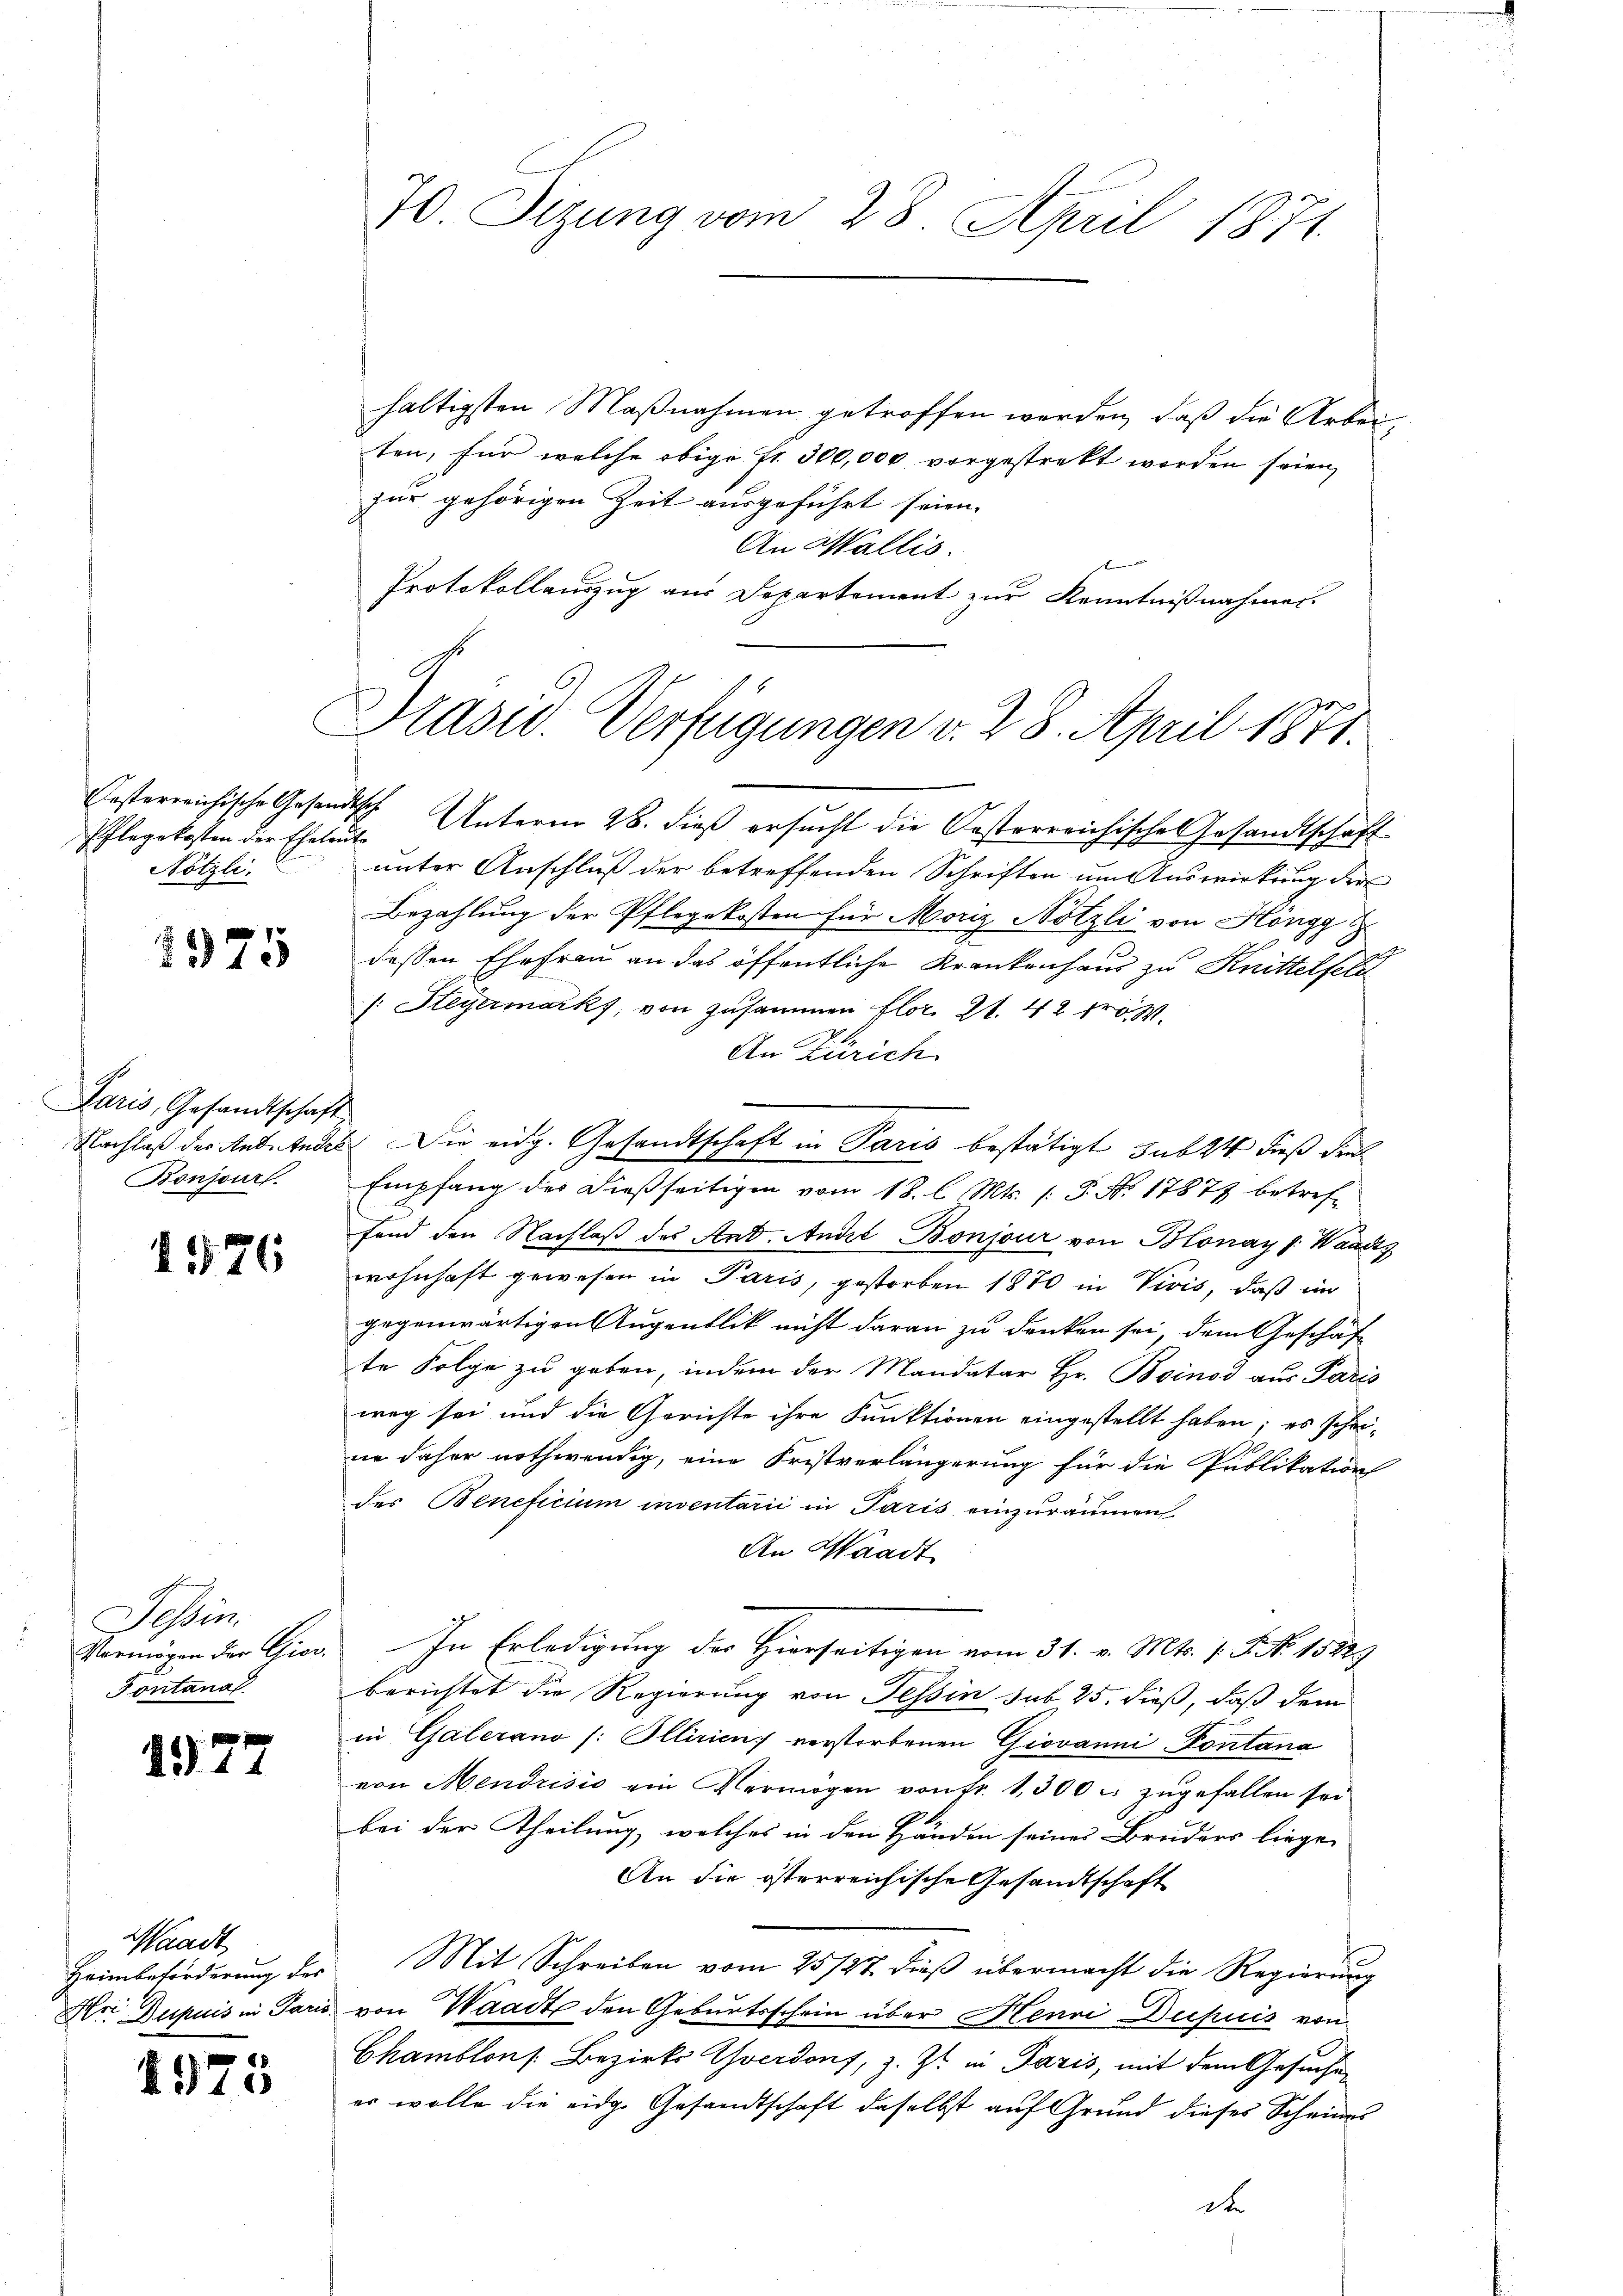
Oesterreichische Gesandtsch
Nötzli.

1577

1975

Paris, Gesandtschaft
Bonjour

1576

Tessin.
Vermögen der Gior.
Fontanal

Waadt,
Heimbeförderung des
Hri Dupuis in Paris.

4975

Präsid. Verfügungen v. 28. April 1871.

70. Sitzung vom 28. April 1871.

haltigsten Maßnahmen getroffen werden, daß die Arbeiten, für welche obige Fr. 300,000 vorgestrekt worden seien,
zur gehörigen Zeit ausgeführt seien.
An Wallis.
Protokollauszug aus Departement zur Kenntnißnahmen.

Pflegekosten der Ehelen. Unterm 28. dieß ersucht die Pastorreichische Gesandtschaft
unter Anschluß der betreffenden Schriften um Auswirkung der
Bezahlung der Pflegekosten für Moriz Nötzli von Höngg
dessen Ehefrau an das öffentliche Krankenhaus zu Knittelfeld
/: Steyermarks, von zusammen flor. 21. 42 fr.
An Zürich
Nachlaß der Anbetenes Die eidg. Gesandtschaft in Paris bestätigt, sub 24 dieß der
Empfang des dießseitigen vom 18. l. Mts. /: P. Nr. 17877 betref-
fend den Nachlaß des And. Andel Bonjour von Blonay v. Waadt
wohnhaft gewesen in Paris, gestorben 1870 in Vivis, daß in
gegenwärtigen Augenblik nicht daran zu denken sei, dem Geschäf-
te Folge zu geben, indem der Mandatar Hr. Boinod aus Paris
weg sei und die Gerichte ihre Funktionen eingestellt haben; es schrine daher nothwendig, eine Fristverlängerung für die Publikation
des Beneficium inventarii in Paris einzuräumen.
An Waadt
In Erledigung des Hierseitigen vom 31. v. Mts. 1. P. Nr. 15829
berichtet die Regierung von Tessin sub 25. dieß, daß dem
in Galerano (: Ollirien verstorbenen Giovanni- Fontana
von Mendrisis ein Vermögen von fr. 1,300 c. zŭgefallen sei
bei der Theilung, welches in den Händen seines Bruders liege
An die österreichische Gesandtschaft
Mit Schreiben vom 25/27. dieß übermacht die Regierung
von Waadt den Geburtsschein über Meuri Dupuis von
Chamblons Bezirks Yverdons, z. Zt. in Paris, mit dem Gesuche
er wolle die eidg. Gesandtschaft daselbst auf Grund dieses Scheines
de